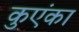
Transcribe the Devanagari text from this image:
कुएंका